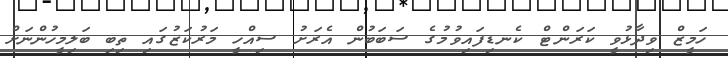
ހަމީޒް ވިދާޅުވީ ކަރަންޓް ކެނޑިފައިވުމުގެ ސަބަބުން އެރަށު ސިއްހީ މަރުކަޒުގައި ތިބި ބަލިމީހުންނަށް